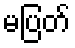
မပြတ်